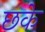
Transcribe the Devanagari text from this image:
छके